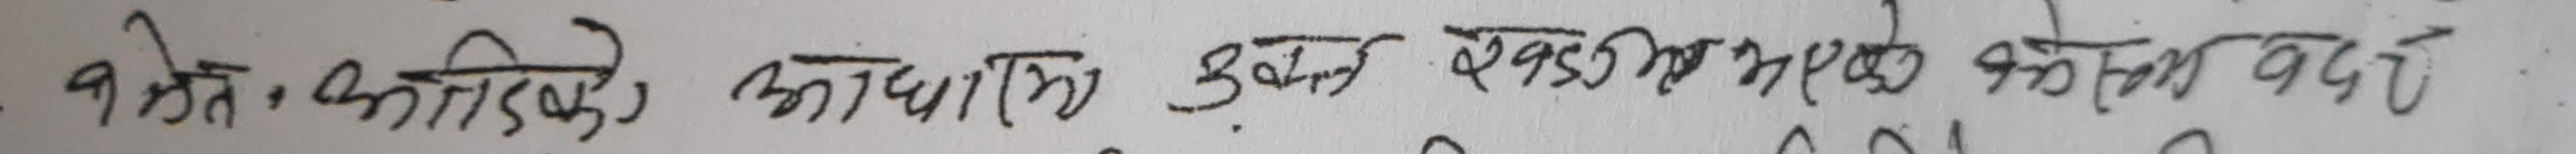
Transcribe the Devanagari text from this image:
१ खेत कति रोपनी, अघारको कुन खण्डमा भएको खोज्न पर्दा